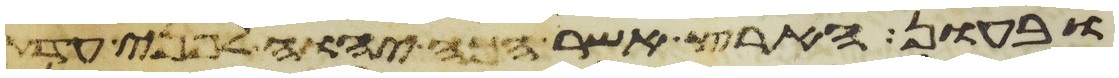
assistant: ובעון הארץ אשר הכה יהוה לפני עדת